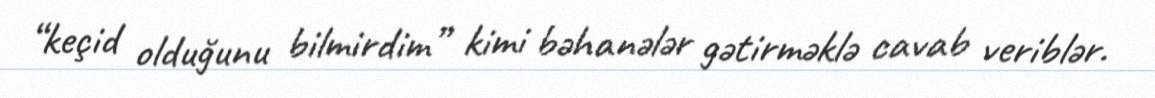
“keçid olduğunu bilmirdim” kimi bəhanələr gətirməklə cavab veriblər.